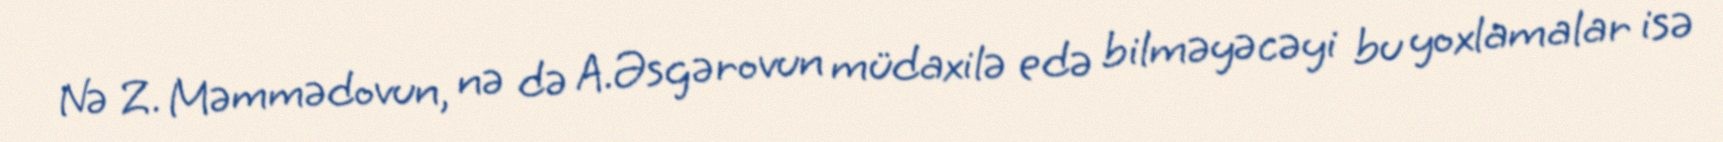
Nə Z. Məmmədovun, nə də A.Əsgərovun müdaxilə edə bilməyəcəyi bu yoxlamalar isə